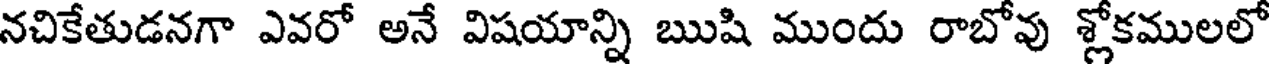
నచికేతుడనగా ఎవరో అనే విషయాన్ని ఋషి ముందు రాబోవు శ్లోకములలో